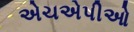
એચએપીઓ